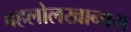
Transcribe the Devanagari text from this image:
बहलोलखानास